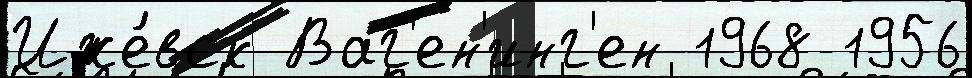
Иже́вск Ваг'ен'инг'ен 1968 1956